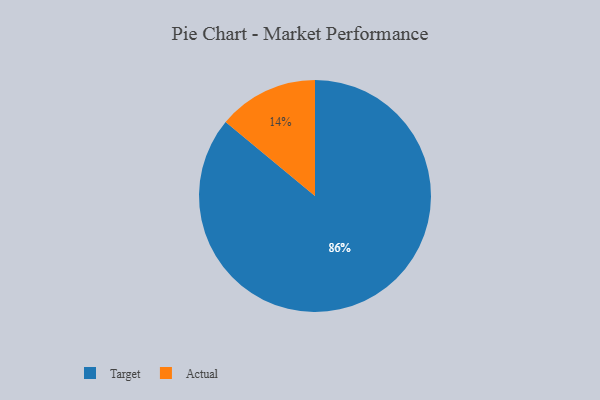
{"axis": {"x": "Category", "y": "Percentage"}, "legend": ["Actual", "Target"], "data": [{"x": "Target", "y": 86, "type": "Target"}, {"x": "Actual", "y": 14, "type": "Actual"}]}